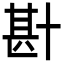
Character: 卙